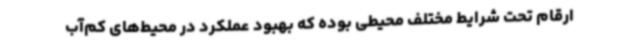
ارقام تحت شرایط مختلف محیطی بوده که بهبود عملکرد در محیط‌های کم‌آب